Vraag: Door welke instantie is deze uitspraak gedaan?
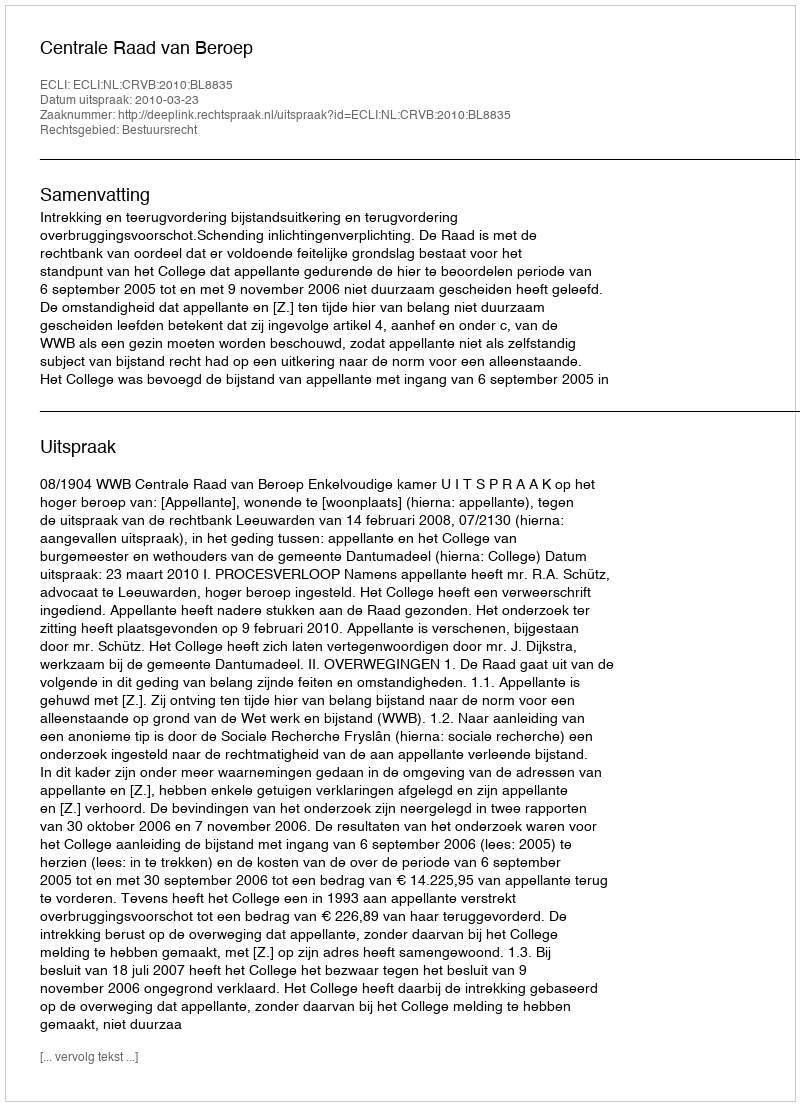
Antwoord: Centrale Raad van Beroep